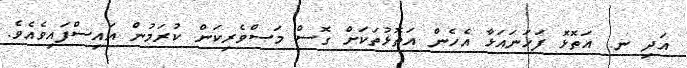
އަދި ނ. އަތޮޅޮ ފަހަނައަޅާ އެހެން އަތޮޅުތަކަށް ގޮސް މަސްވެރިކަން ކުރަމުން އައިސްފައިވެއެވެ.